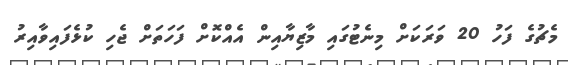
މެޗުގެ ފަހު 20 ވަރަކަށް މިނެޓުގައި މާޒިޔާއިން އެއްކޮށް ފަހަތަށް ޖެހި ކުޅެފައިވާއިރު